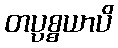
တပ္ပစ္စယာပိ